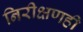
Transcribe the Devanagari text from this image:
निरीक्षणही